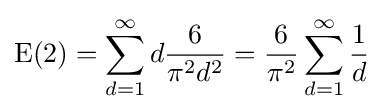
\mathrm {E} (\mathrm {2} )=\sum _{d=1}^{\infty }d{\frac {6}{\pi ^{2}d^{2}}}={\frac {6}{\pi ^{2}}}\sum _{d=1}^{\infty }{\frac {1}{d}}